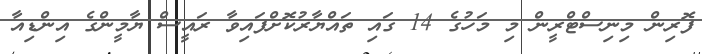
ފޮރިން މިނިސްޓްރީން މި މަހުގެ 14 ގައި ތައްޔާރުކޮށްފައިވާ ރައީސް ޔާމީންގެ އިންޑިއާ